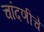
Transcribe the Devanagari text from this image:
चांदणीचे